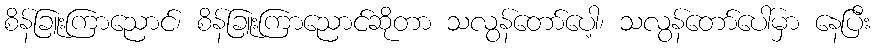
စိန်ခြူးကြာညောင်၊ စိန်ခြူးကြာညောင်ဆိုတာ သလွန်တော်ပေါ့၊ သလွန်တော်ပေါ်မှာ နေပြီး